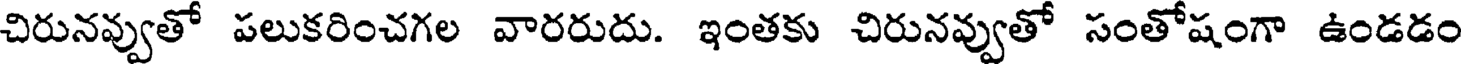
చిరునవ్వుతో పలుకరించగల వారరుదు. ఇంతకు చిరునవ్వుతో సంతోషంగా ఉండడం